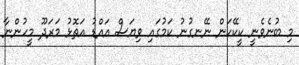
މި ބުނެވެނީ ކީކޭކަން ނޭނގުނު ކަމުގައި ވިޔަސް އައްޑު އަތޮޅު މަރަދޫ މީހުންނާ